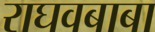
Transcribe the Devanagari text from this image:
राघवबाबा